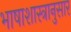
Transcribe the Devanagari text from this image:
भाषाशास्त्रानुसार